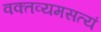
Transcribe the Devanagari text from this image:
वक्तव्यमसत्यं